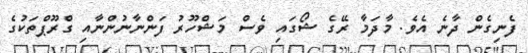
ފެނިގެން ދާނެ އެވެ. މާދަމާ ރޭގެ ޝޯގައި ވެސް މަޝްހޫރު ފަންނާނުންނާއި ގްރޫޕްތަކުގެ